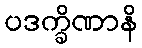
ပဒက္ခိဏာနိ